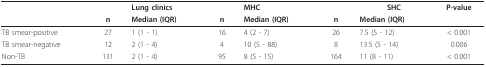
|  |  | Lung clinics |  | MHC |  | SHC | P-value |
 |  | n | Median (IQR) | n | Median (IQR) | n | Median (IQR) |  |
 | --- | --- | --- | --- | --- | --- | --- | --- |
 | TB smear-positive | 27 | 1 (1 - 1) | 16 | 4 (2 - 7) | 26 | 7.5 (5 - 12) | < 0.001 |
 | TB smear-negative | 12 | 2 (1 - 4) | 4 | 10 (5 - 88) | 8 | 13.5 (5 - 14) | 0.006 |
 | Non-TB | 131 | 2 (1 - 4) | 95 | 8 (5 - 15) | 164 | 11 (8 - 11) | < 0.001 |